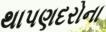
થાપણદરોના